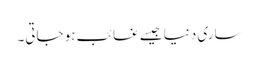
ساری دنیا جیسے غائب ہو جاتی۔